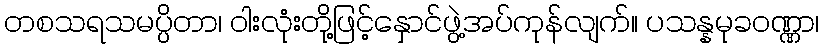
တစသရသမပ္ပိတာ၊ ဝါးလုံးတို့ဖြင့်နှောင်ဖွဲ့အပ်ကုန်လျက်။ ပသန္နမုခဝဏ္ဏာ၊